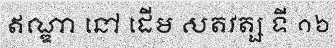
ឥណ្ឌា នៅ ដើម សតវត្ស ទី ១៦